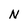
Character: N